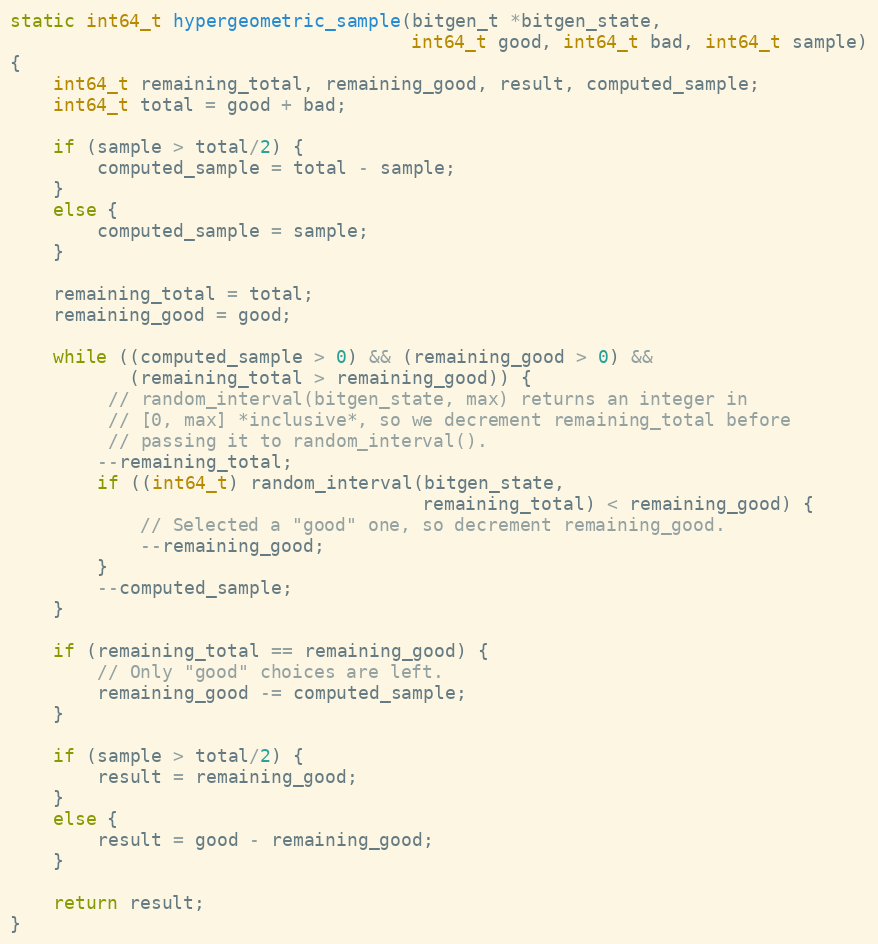
Language: C
static int64_t hypergeometric_sample(bitgen_t *bitgen_state,
                                     int64_t good, int64_t bad, int64_t sample)
{
    int64_t remaining_total, remaining_good, result, computed_sample;
    int64_t total = good + bad;

    if (sample > total/2) {
        computed_sample = total - sample;
    }
    else {
        computed_sample = sample;
    }

    remaining_total = total;
    remaining_good = good;

    while ((computed_sample > 0) && (remaining_good > 0) &&
           (remaining_total > remaining_good)) {
         // random_interval(bitgen_state, max) returns an integer in
         // [0, max] *inclusive*, so we decrement remaining_total before
         // passing it to random_interval().
        --remaining_total;
        if ((int64_t) random_interval(bitgen_state,
                                      remaining_total) < remaining_good) {
            // Selected a "good" one, so decrement remaining_good.
            --remaining_good;
        }
        --computed_sample;
    }

    if (remaining_total == remaining_good) {
        // Only "good" choices are left.
        remaining_good -= computed_sample;
    }

    if (sample > total/2) {
        result = remaining_good;
    }
    else {
        result = good - remaining_good;
    }

    return result;
}